Civil Veterinary Department Bihar & Orissa reports 1922-29 - 1922-1929
Year: 1922
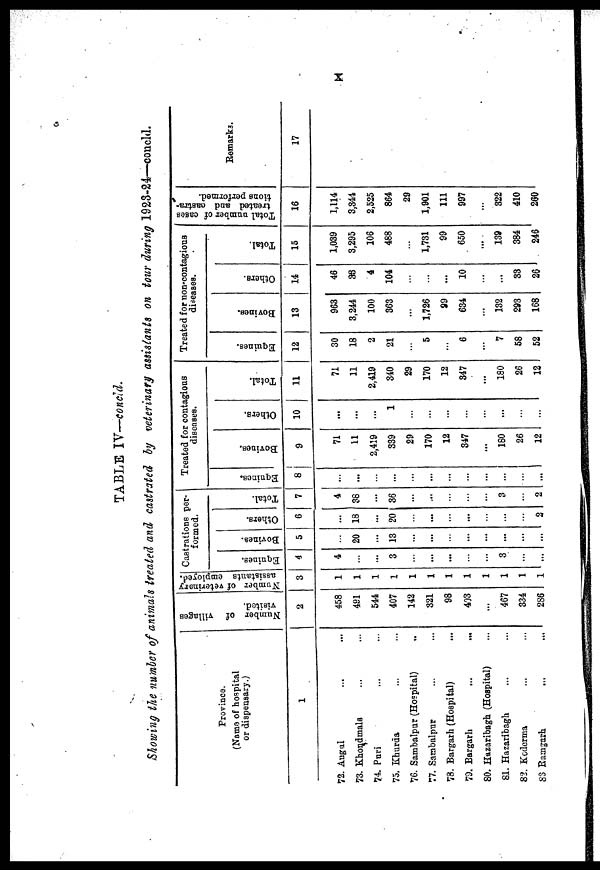
TABLE IV—concld.
Showing the number of animals treated and castrated by veterinary assistants on tour during 1923-24—coucld.
Province.
(Name of hospital
or dispensary.)
1
72. Angul
73. Khondmala
74. Puri
75. Khurds
76. Sambalpur (Hospital)
77. Sambalpur
78. Bargarh (Hospital)
79. Bargarh
80. Hazaribagh (Hospital)
81. Hazaribagh
82. Kederma
83 Ramgarh
Number of villages
visited.
2
458
491
544
407
142
321
98
403
...
467
334
2S6
Number of veterinary
assistants employed.
3
Castrations per-
formed.
Equi nes .
4
4
...
3
...
...
3
...
Bovines.
5
20
...
13
...
...
...
...
...
...
Ot her s .
6
18
20
...
...
...
2
Tot al .
7
4
38
...
36
...
...
3
2
Treated for contagious
diseases.
Equi nes .
8
...
...
...
...
...
...
Bovi nes .
9
71
11
2,419
339
29
170
12
847
...
180
26
12
Ot her s .
10
...
1
...
Tot al .
11
71
11
2,419
340
29
170
12
847
...
180
26
12
Treated for non-contagious
diseases.
Equi nes .
12
30
18
2
21
5
6
7
58
52
Bovi nes .
13
963
3,244
100
363
1,726
99
634
...
132
293
168
Ot her s .
14
46
38
4
104
...
10
...
...
33
26
Tot al .
15
1,039
3,295
106
488
1,731
99
650
...
139
384
246
Total number of cases
treated and castra-
tions performed.
16
1,114
3,344
2,525
864
29
1,901
111
997
...
322
410
260
Remarks.
17